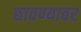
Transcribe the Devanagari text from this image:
छावण्यावर